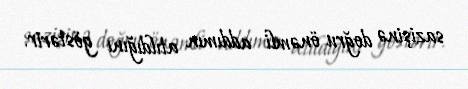
sazişinə doğru önəmli addımın atıldığını göstərir.